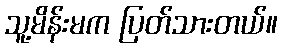
သူ့မိန်းမက ပြတ်သားတယ်။